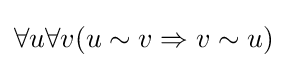
\forall u\forall v(u\sim v\Rightarrow v\sim u)